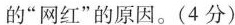
的”网红”的原因。(4分)